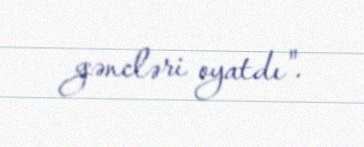
gəncləri oyatdı".